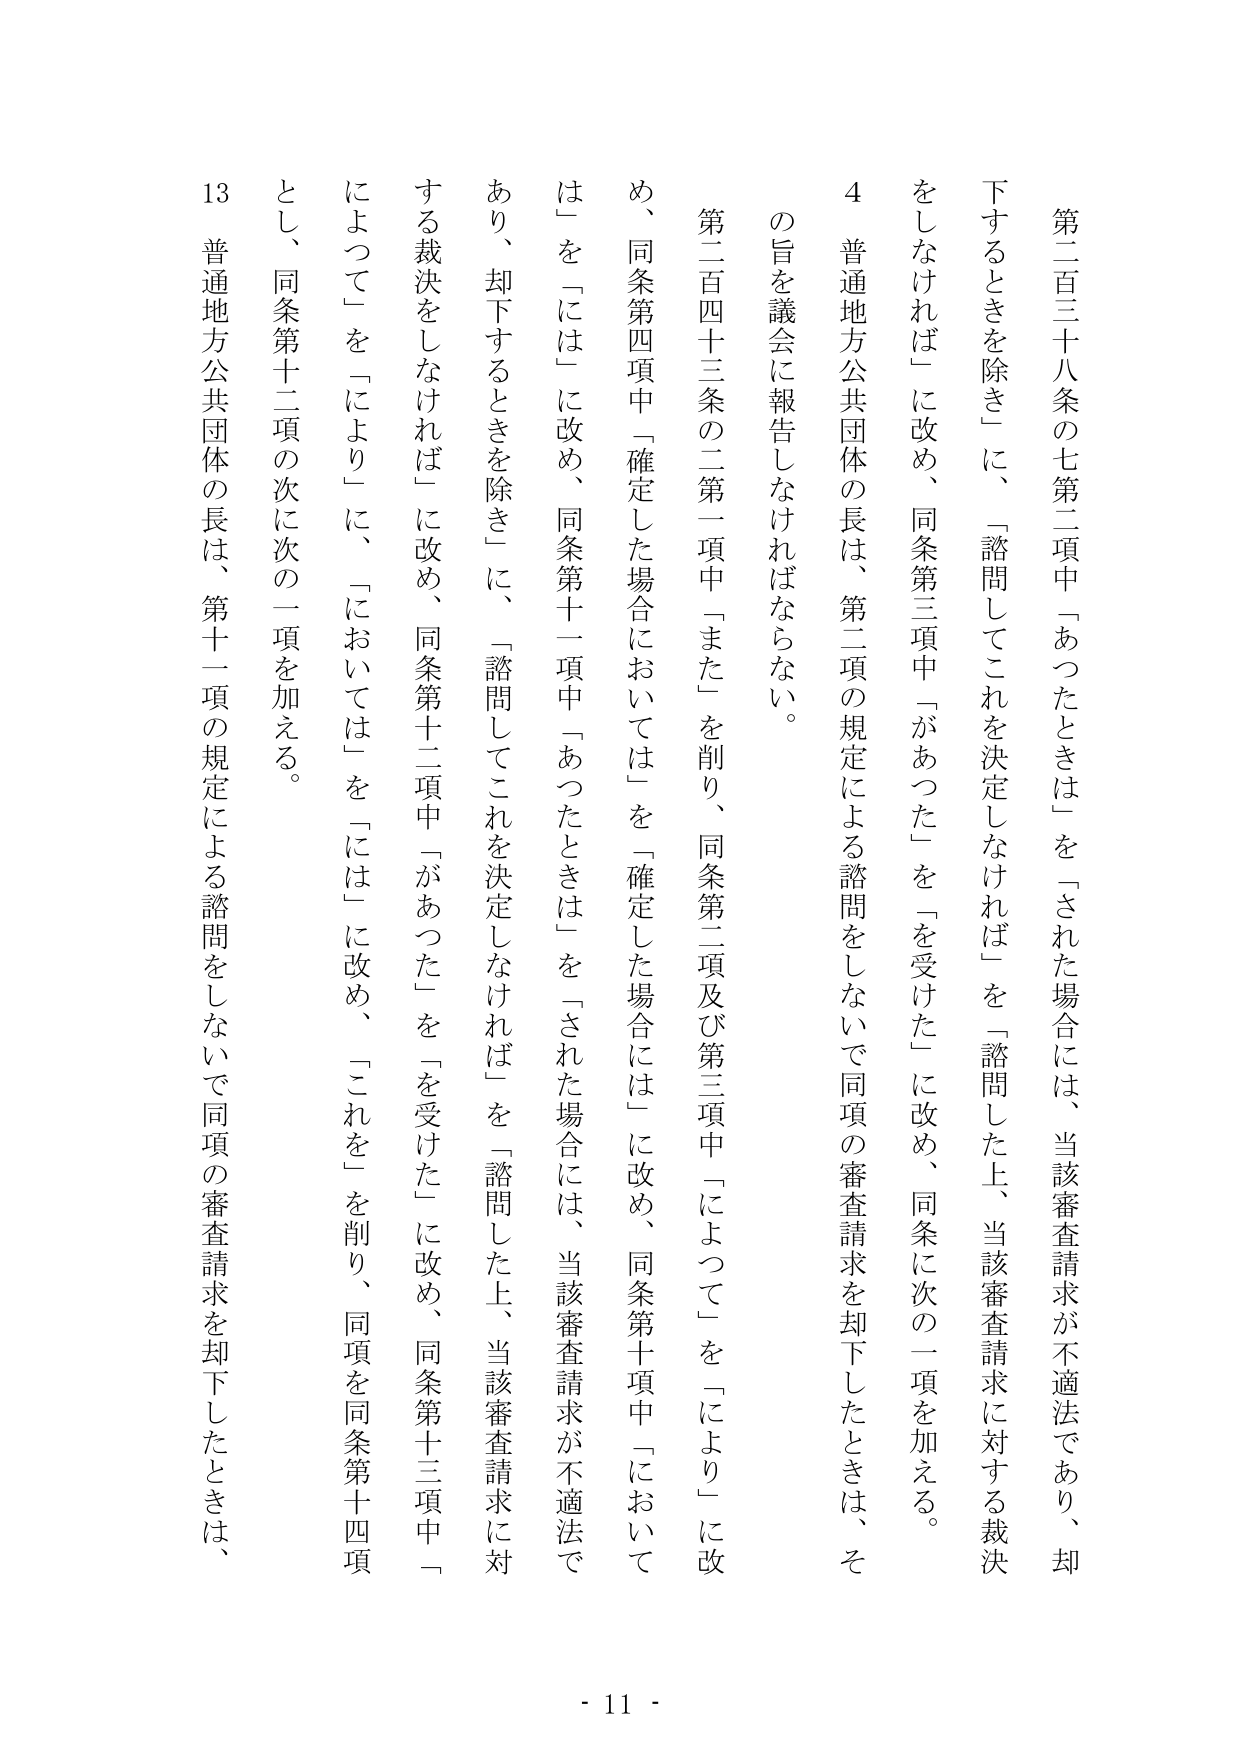
第二百三十八条の七第二項中「あつたときは」を「された場合には、当該審査請求が不適法であり、却下するときを除き」に、「諮問してこれを決定しなければ」を「諮問した上、当該審査請求に対する裁決をしなければ」に改め、同条第三項中「があつた」を「を受けた」に改め、同条に次の一項を加える。

４ 普通地方公共団体の長は、第二項の規定による諮問をしないで同項の審査請求を却下したときは、その旨を議会に報告しなければならない。

第二百四十三条の二第一項中「また」を削り、同条第二項及び第三項中「よつて」を「により」に改め、同条第四項中「確定した場合においては」を「確定した場合には」に改め、同条第十項中「においては」を「には」に改め、同条第十一項中「あつたときは」を「された場合には、当該審査請求が不適法であり、却下するときを除き」に、「諮問してこれを決定しなければ」を「諮問した上、当該審査請求に対する裁決をしなければ」に改め、同条第十二項中「があつた」を「を受けた」に改め、同条第十三項中「よつて」を「により」に、「においては」を「には」に改め、「これを」を削り、同項を同条第十四項とし、同条第十二項の次に次の一項を加える。

13 普通地方公共団体の長は、第十一項の規定による諮問をしないで同項の審査請求を却下したときは、- 11 -